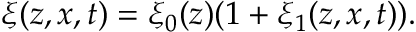
\xi ( z , x , t ) = \xi _ { 0 } ( z ) ( 1 + \xi _ { 1 } ( z , x , t ) ) .